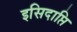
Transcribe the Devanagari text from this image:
इसिदाप्ति